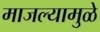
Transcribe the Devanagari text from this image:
माजल्यामुळे